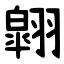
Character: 翶